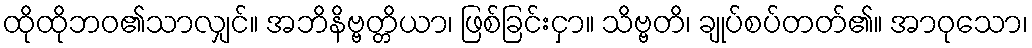
ထိုထိုဘဝ၏သာလျှင်။ အဘိနိဗ္ဗတ္တိယာ၊ ဖြစ်ခြင်းငှာ။ သိဗ္ဗတိ၊ ချုပ်စပ်တတ်၏။ အာဝုသော၊